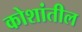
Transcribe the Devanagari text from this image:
कोशांतील